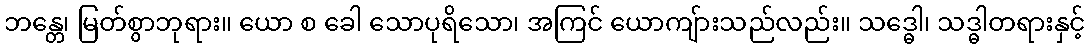
ဘန္တေ၊ မြတ်စွာဘုရား။ ယော စ ခေါ သောပုရိသော၊ အကြင် ယောကျ်ားသည်လည်း။ သဒ္ဓေါ၊ သဒ္ဓါတရားနှင့်